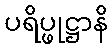
ပရိပ္ဖုဋ္ဌာနိ